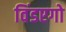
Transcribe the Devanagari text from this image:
विंडएगो